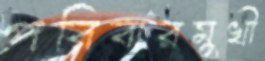
পরিবারমুখী